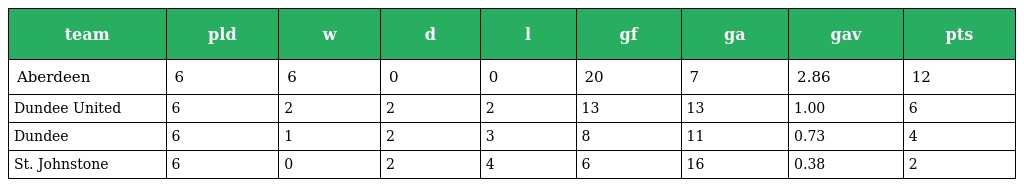
| team | pld | w | d | l | gf | ga | gav | pts |
 | --- | --- | --- | --- | --- | --- | --- | --- | --- |
 | Aberdeen | 6 | 6 | 0 | 0 | 20 | 7 | 2.86 | 12 |
 | Dundee United | 6 | 2 | 2 | 2 | 13 | 13 | 1.00 | 6 |
 | Dundee | 6 | 1 | 2 | 3 | 8 | 11 | 0.73 | 4 |
 | St. Johnstone | 6 | 0 | 2 | 4 | 6 | 16 | 0.38 | 2 |